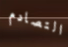
التصادم